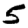
Digit: 5